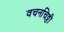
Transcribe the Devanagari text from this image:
वचनचिठ्ठी